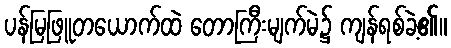
ပန်မြဖြူတယောက်ထဲ တောကြီးမျက်မဲ၌ ကျန်ရစ်ခဲ့၏။